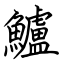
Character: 鱸